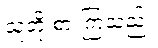
သူတို့ စားကြသည်။